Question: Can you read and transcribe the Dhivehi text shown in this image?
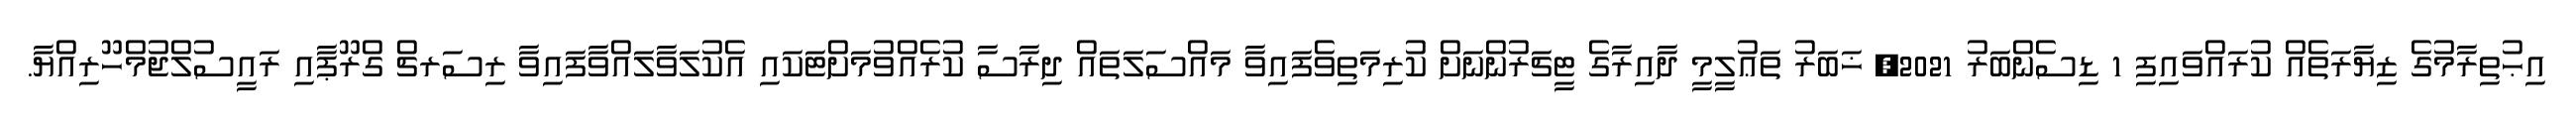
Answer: އިޙުތިރާމުގެ ޒިޔާރަތެއް ކުރައްވައިފި 1 ޑިސެންބަރު 2021, ޚަބަރު ތަޢުލީމީ ދާއިރާގެ ޓީޗަރުންނަށް ކުރިމަތިވެފައިވާ މައްސަލަތައް ދިރާސާ ކުރެއްވުމަށްޓަކައި އެކުލަވާލައްވާފައިވާ ރިސަރޗް ގްރޫޕާއި ރައީސުލްޖުމްހޫރިއްޔާ.